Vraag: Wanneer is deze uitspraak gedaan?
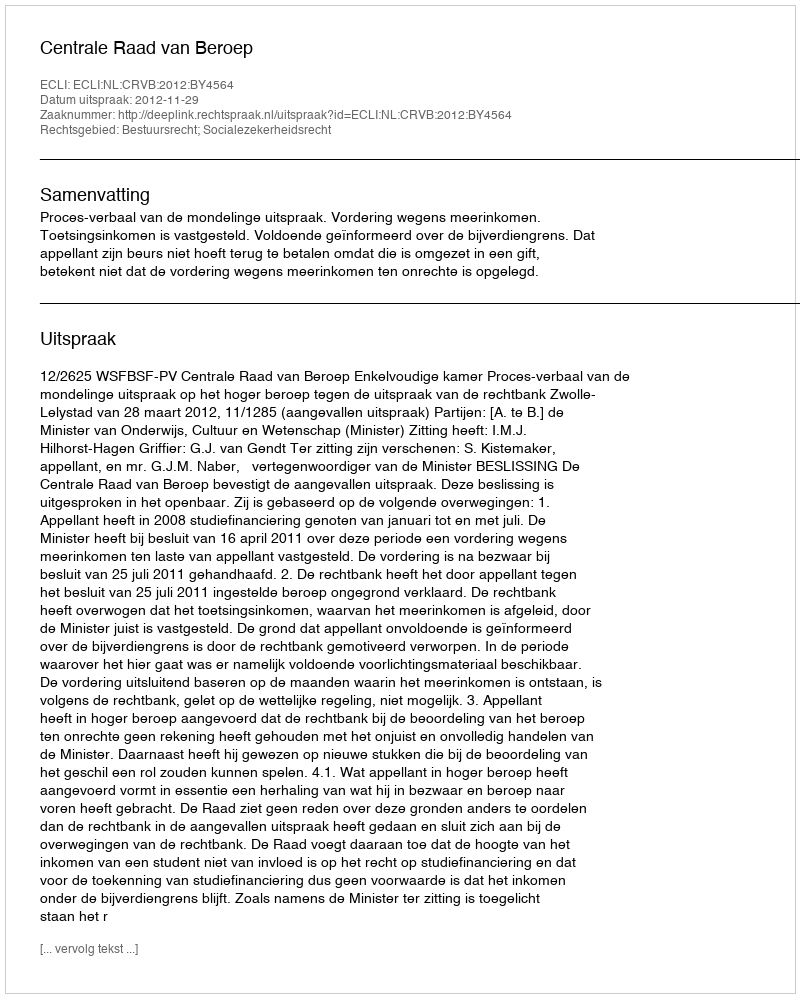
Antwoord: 2012-11-29